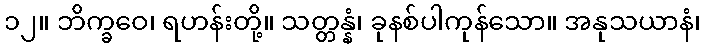
၁၂။ ဘိက္ခဝေ၊ ရဟန်းတို့။ သတ္တန္နံ၊ ခုနစ်ပါကုန်သော။ အနုသယာနံ၊